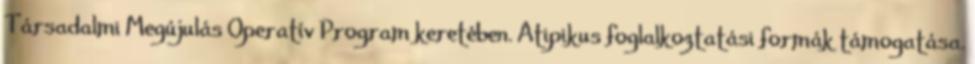
Társadalmi Megújulás Operatív Program keretében. Atipikus foglalkoztatási formák támogatása.